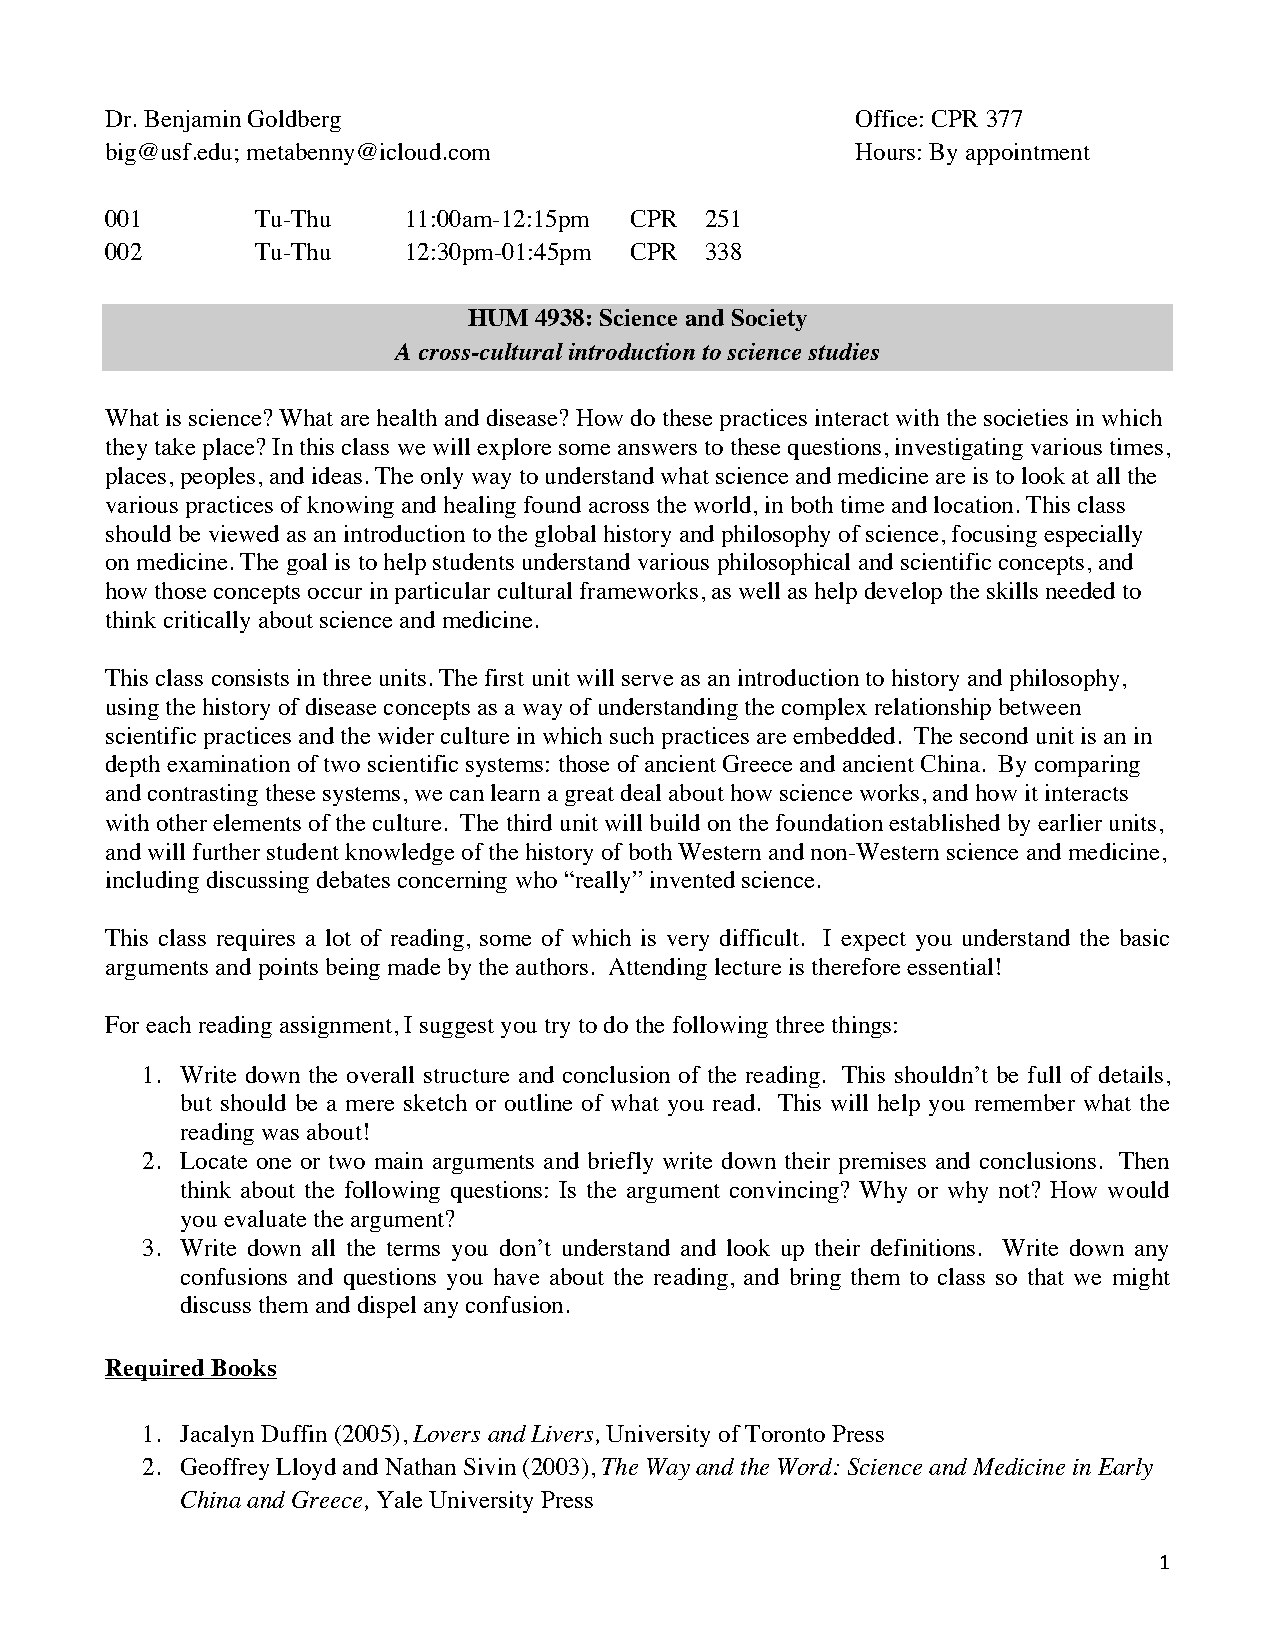
Dr. Benjamin Goldberg                             Office: CPR 377
 big@usf.edu; metabenny@icloud.com                 Hours: By appointment
 001       Tu-Thu    11:00am-12:15pm CPR 251
 002       Tu-Thu    12:30pm-01:45pm CPR 338
 HUM 4938: Science and Society
 A cross-cultural introduction to science studies
 What is science? What are health and disease? How do these practices interact with the societies in which
 they take place? In this class we will explore some answers to these questions, investigating various times,
 places, peoples, and ideas. The only way to understand what science and medicine are is to look at all the
 various practices of knowing and healing found across the world, in both time and location. This class
 should be viewed as an introduction to the global history and philosophy of science, focusing especially
 on medicine. The goal is to help students understand various philosophical and scientific concepts, and
 how those concepts occur in particular cultural frameworks, as well as help develop the skills needed to
 think critically about science and medicine.
 This class consists in three units. The first unit will serve as an introduction to history and philosophy,
 using the history of disease concepts as a way of understanding the complex relationship between
 scientific practices and the wider culture in which such practices are embedded. The second unit is an in
 depth examination of two scientific systems: those of ancient Greece and ancient China. By comparing
 and contrasting these systems, we can learn a great deal about how science works, and how it interacts
 with other elements of the culture. The third unit will build on the foundation established by earlier units,
 and will further student knowledge of the history of both Western and non-Western science and medicine,
 including discussing debates concerning who “really” invented science.
 This class requires a lot of reading, some of which is very difficult. I expect you understand the basic
 arguments and points being made by the authors. Attending lecture is therefore essential!
 For each reading assignment, I suggest you try to do the following three things:
 1. Write down the overall structure and conclusion of the reading. This shouldn’t be full of details,
 but should be a mere sketch or outline of what you read. This will help you remember what the
 reading was about!
 2. Locate one or two main arguments and briefly write down their premises and conclusions. Then
 think about the following questions: Is the argument convincing? Why or why not? How would
 you evaluate the argument?
 3. Write down all the terms you don’t understand and look up their definitions. Write down any
 confusions and questions you have about the reading, and bring them to class so that we might
 discuss them and dispel any confusion.
 Required Books
 1. Jacalyn Duffin (2005), Lovers and Livers, University of Toronto Press
 2. Geoffrey Lloyd and Nathan Sivin (2003), The Way and the Word: Science and Medicine in Early
 China and Greece, Yale University Press
 1